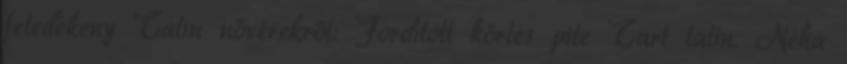
feledékeny Tatin nővérekről: Fordított körtés pite Tart tatin. Néha